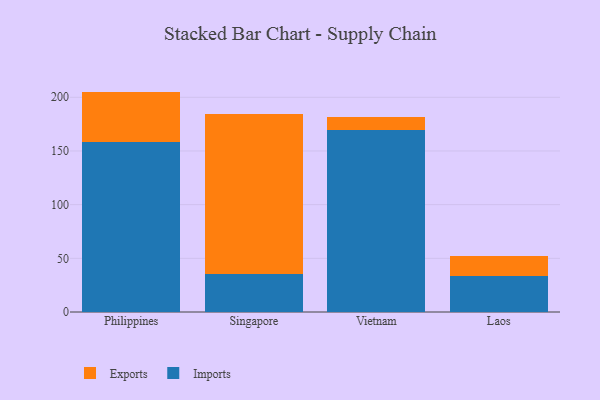
{"axis": {"x": "Country", "y": "Conversion Rate (%)"}, "legend": ["Exports", "Imports"], "data": [{"x": "Philippines", "y": 157.9, "type": "Imports"}, {"x": "Philippines", "y": 47.4, "type": "Exports"}, {"x": "Singapore", "y": 35.0, "type": "Imports"}, {"x": "Singapore", "y": 149.3, "type": "Exports"}, {"x": "Vietnam", "y": 169.8, "type": "Imports"}, {"x": "Vietnam", "y": 12.1, "type": "Exports"}, {"x": "Laos", "y": 33.4, "type": "Imports"}, {"x": "Laos", "y": 18.6, "type": "Exports"}]}